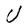
Character: U